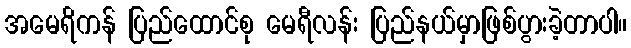
အမေရိကန် ပြည်ထောင်စု မေရီလန်း ပြည်နယ်မှာဖြစ်ပွားခဲ့တာပါ။